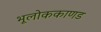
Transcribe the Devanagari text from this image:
भूलाेककाणड